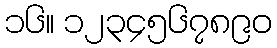
၁၆။ ၁၂၃၄၅၆၇၈၉၀